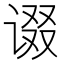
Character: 𰵷